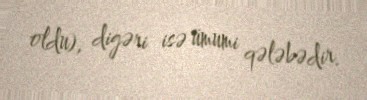
oldu), digəri isə ümumi qələbədir.